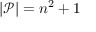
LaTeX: | { \mathcal { P } } | = n ^ { 2 } + 1